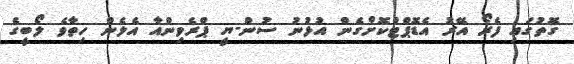
ގޮތުގައި ފެރޯ އޭރު އެޑޮޕްޓްކޮށްގެން އުޅުނު ސުން-ޔީ ޕްރެވިންއާ އެލެން ހިތާވެ ލޯބީގެ